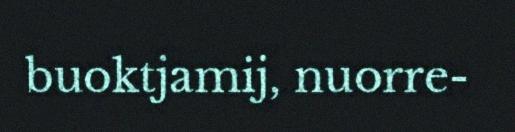
buoktjamij, nuorre-